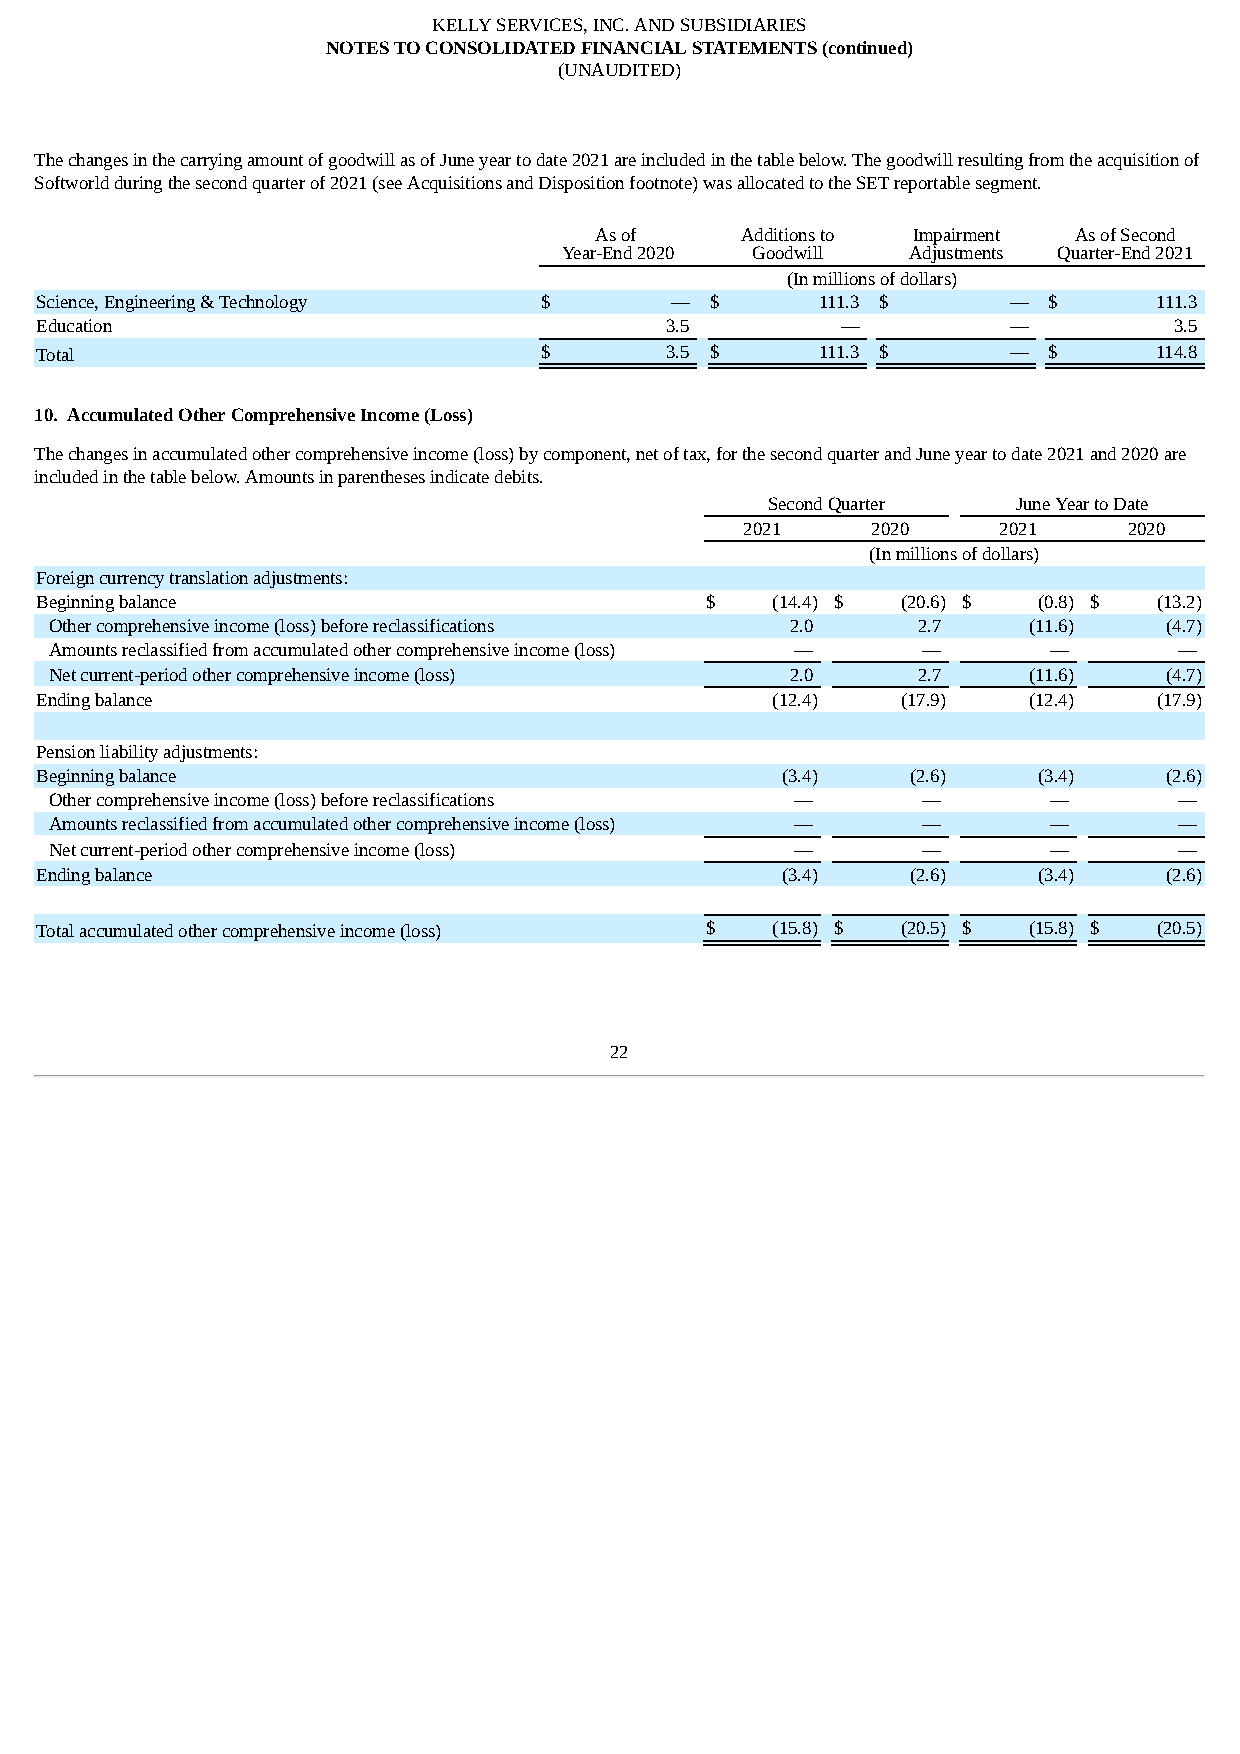
KELLY SERVICES, INC. AND SUBSIDIARIES
 NOTES TO CONSOLIDATED FINANCIAL STATEMENTS (continued)
 (UNAUDITED)
 The changes in the carrying amount of goodwill as of June year to date 2021 are included in the table below. The goodwill resulting from the acquisition of
 Softworld during the second quarter of 2021 (see Acquisitions and Disposition footnote) was allocated to the SET reportable segment.
 As of     Additions to Impairment As of Second
 Year-End 2020 Goodwill Adjustments Quarter-End 2021
 (In millions of dollars)
 Science, Engineering & Technology $       —  $      111.3 $      — $       111.3
 Education                                 3.5         —          —          3.5
 Total                             $       3.5 $     111.3 $      — $      114.8
 10. Accumulated Other Comprehensive Income (Loss)
 The changes in accumulated other comprehensive income (loss) by component, net of tax, for the second quarter and June year to date 2021 and 2020 are
 included in the table below. Amounts in parentheses indicate debits.
 Second Quarter  June Year to Date
 2021     2020    2021     2020
 (In millions of dollars)
 Foreign currency translation adjustments:
 Beginning balance                            $   (14.4) $ (20.6) $ (0.8) $ (13.2)
 Other comprehensive income (loss) before reclassifications 2.0 2.7 (11.6) (4.7)
 Amounts reclassified from accumulated other comprehensive income (loss) — — — —
 Net current-period other comprehensive income (loss) 2.0  2.7    (11.6)   (4.7)
 Ending balance                                   (12.4)   (17.9)  (12.4)   (17.9)
 Pension liability adjustments:
 Beginning balance                                 (3.4)   (2.6)    (3.4)   (2.6)
 Other comprehensive income (loss) before reclassifications — —     —       —
 Amounts reclassified from accumulated other comprehensive income (loss) — — — —
 Net current-period other comprehensive income (loss) —    —        —       —
 Ending balance                                    (3.4)   (2.6)    (3.4)   (2.6)
 Total accumulated other comprehensive income (loss) $ (15.8) $ (20.5) $ (15.8) $ (20.5)
 22